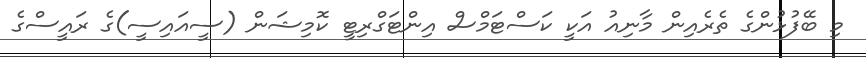
މި ބޭފުޅުންގެ ތެރެއިން މާނިއު އަކީ ކަސްޓަމްސް އިންޓަގްރިޓީ ކޮމިޝަން (ސީއައިސީ)ގެ ރައީސްގެ